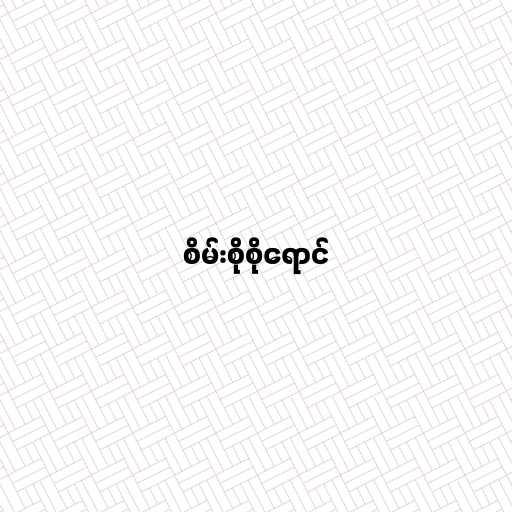
စိမ်းစိုစိုရောင်